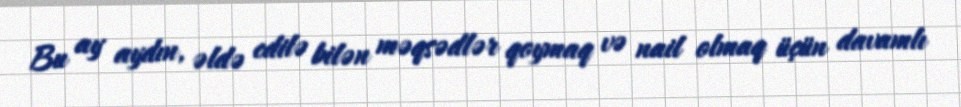
Bu ay aydın, əldə edilə bilən məqsədlər qoymaq və nail olmaq üçün davamlı